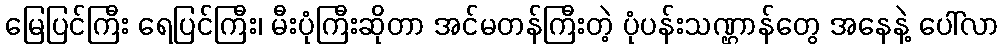
မြေပြင်ကြီး ရေပြင်ကြီး၊ မီးပုံကြီးဆိုတာ အင်မတန်ကြီးတဲ့ ပုံပန်းသဏ္ဌာန်တွေ အနေနဲ့ ပေါ်လာ